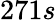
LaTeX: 271s